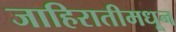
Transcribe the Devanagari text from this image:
जाहिरातीमधून